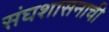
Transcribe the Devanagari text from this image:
संघशासनाची